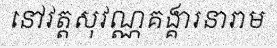
នៅវត្តសុវណ្ណគង្គារនារាម